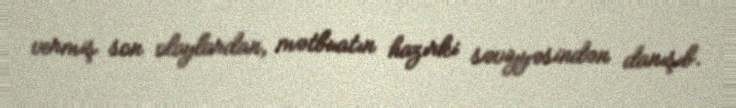
vermiş son olaylardan, mətbuatın hazırki səviyyəsindən danışıb.